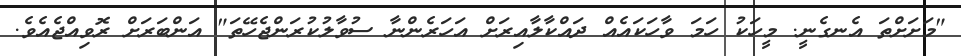
"މަށަށްތަ އެނގެނީ. މީހަކު ހަމަ ވާހަކައެއް ދައްކާލާއިރަށް އަހަރެންނާ ސުވާލުކުރަންޖެހޭތަ" އަންބަރަށް ރޮވިއްޖެއެވެ.